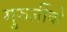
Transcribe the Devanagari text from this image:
गुरुर्जीवो